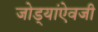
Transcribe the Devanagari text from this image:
जोड्यांऐवजी